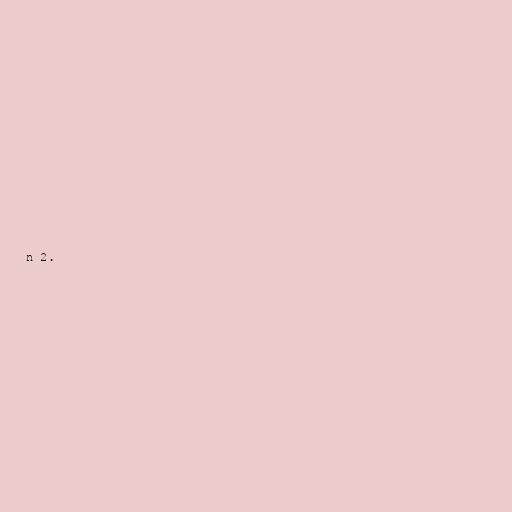
n 2.